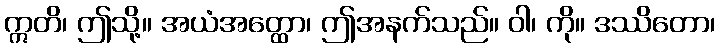
ဣတိ၊ ဤသို့။ အယံအတ္ထော၊ ဤအနက်သည်။ ဝါ၊ ကို။ ဒဿိတော၊